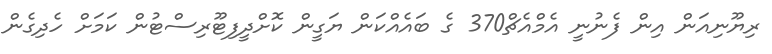
ރިޔޫނިއަން އިން ފެނުނީ އެމްއެޗް370 ގެ ބައެއްކަން ޔަގީން ކޮށްދީފިޓޫރިސްޓުން ކަމަށް ހެދިގެން